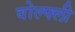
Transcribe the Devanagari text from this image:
वोल्फ्ली